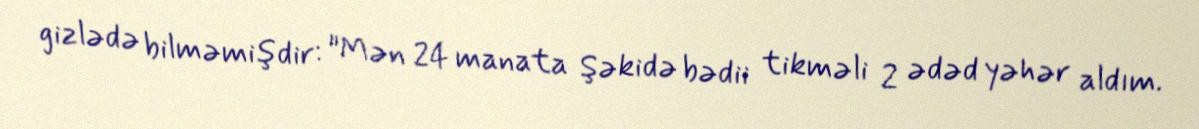
gizlədə bilməmişdir: "Mən 24 manata Şəkidə bədii tikməli 2 ədəd yəhər aldım.